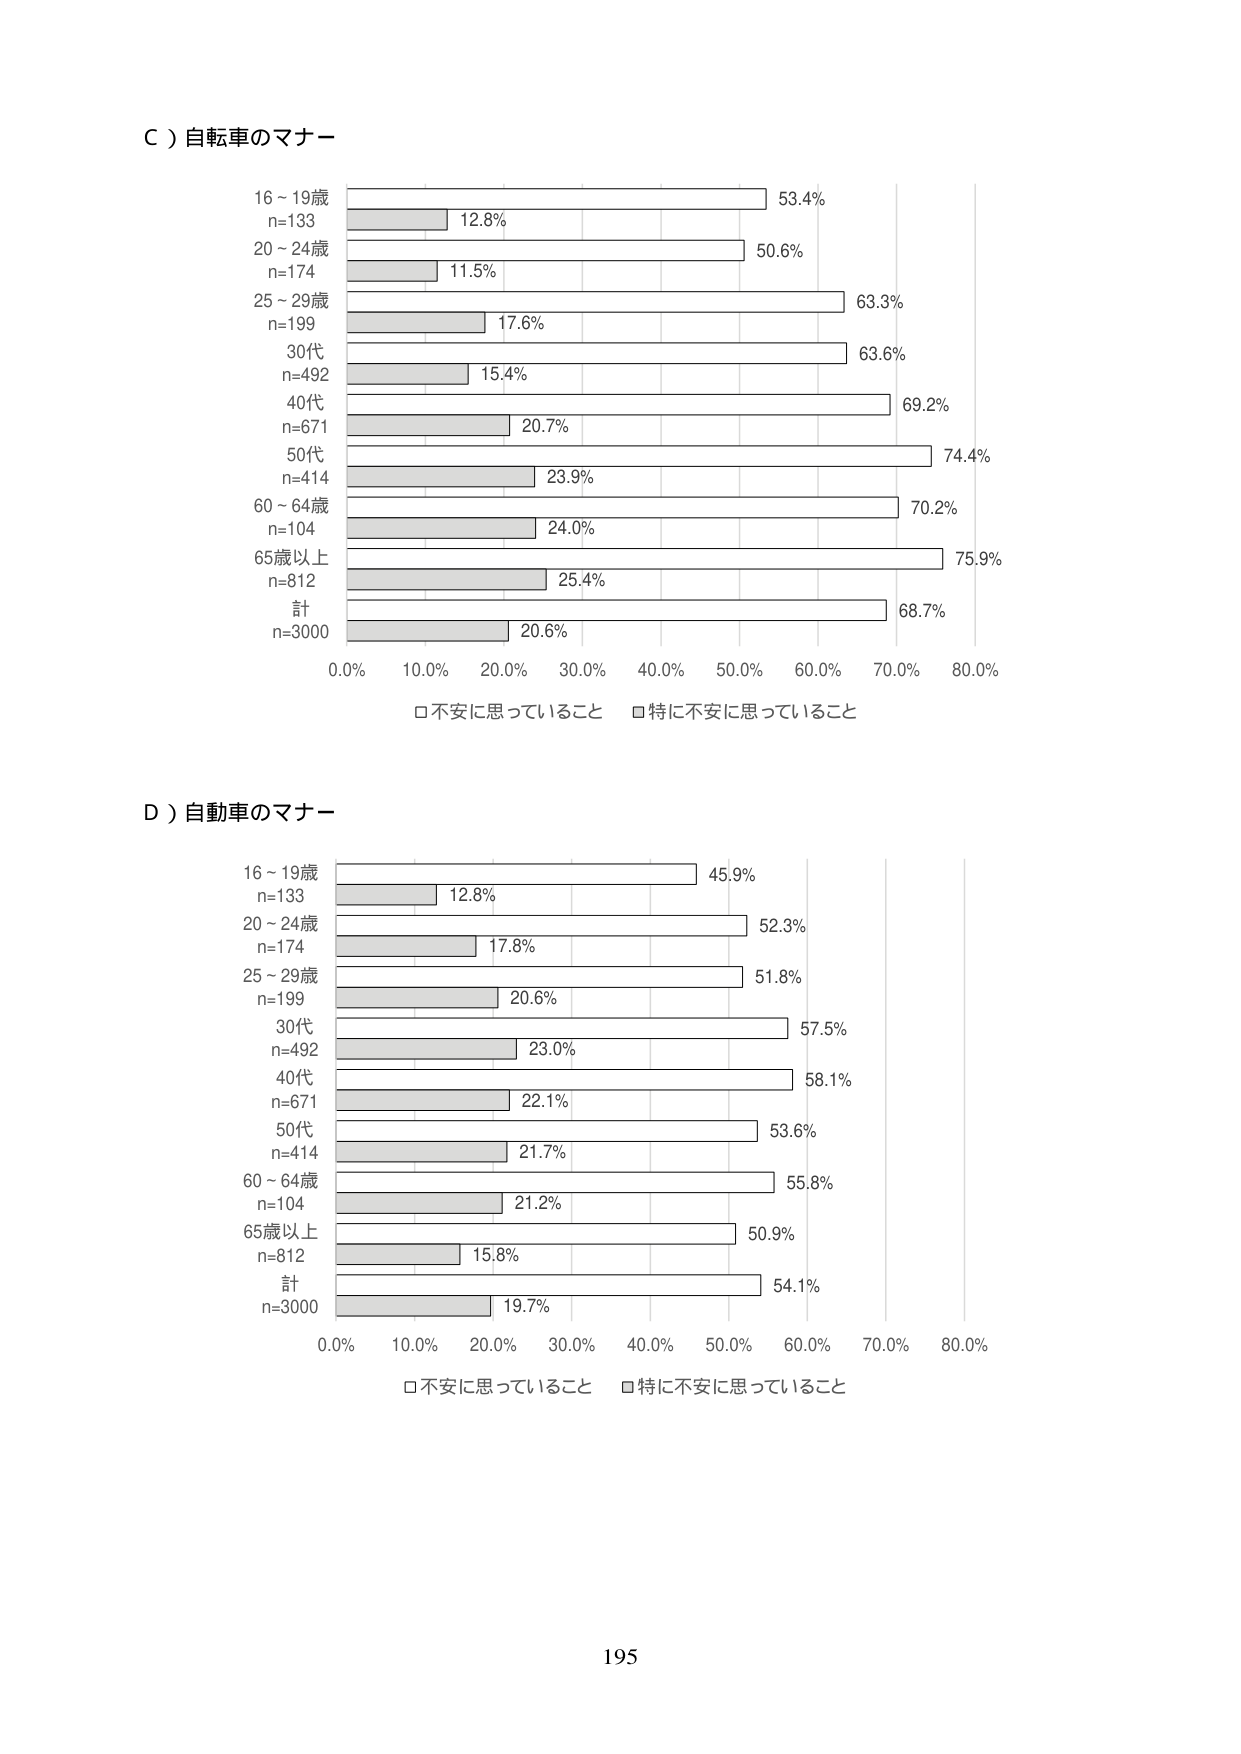
C）自転車のマナー
16～19歳
n=133
12.8%
53.4%
20～24歳
n=174
11.5%
50.6%
25～29歳
n=199
17.6%
63.3%
30代
n=492
15.4%
63.6%
40代
n=671
20.7%
69.2%
50代
n=414
23.9%
74.4%
60～64歳
n=104
24.0%
70.2%
65歳以上
n=812
25.4%
75.9%
計
n=3000
20.6%
68.7%
0.0% 10.0% 20.0% 30.0% 40.0% 50.0% 60.0% 70.0% 80.0%
□不安に思っていること □特に不安に思っていること

D）自動車のマナー
16～19歳
n=133
12.8%
45.9%
20～24歳
n=174
17.8%
52.3%
25～29歳
n=199
20.6%
51.8%
30代
n=492
23.0%
57.5%
40代
n=671
22.1%
58.1%
50代
n=414
21.7%
53.6%
60～64歳
n=104
21.2%
55.8%
65歳以上
n=812
15.8%
50.9%
計
n=3000
19.7%
54.1%
0.0% 10.0% 20.0% 30.0% 40.0% 50.0% 60.0% 70.0% 80.0%
□不安に思っていること □特に不安に思っていること

195